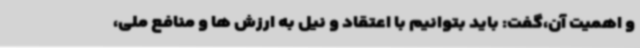
و اهمیت آن،گفت: باید بتوانیم با اعتقاد و نیل به ارزش ‌ها و منافع ملی،